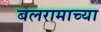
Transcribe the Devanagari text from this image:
बलरामाच्या